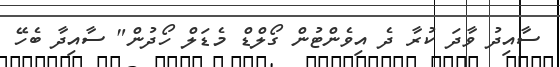
ސާއިދު ވާދަ ކުރާ ދެ އިވެންޓުން ގޯލްޑް މެޑަލް ހޯދުން" ސާއިދާ ބެހޭ